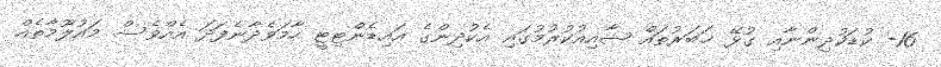
16- ކުޑަކުދިންނާއި ގުޅޭ ޚަބަރުތައް ޝާއިއުކުރުމުގައި އެކުދިންގެ އައިޑެންޓިޓީ ހާމަވެދާނެފަދަ އެއްވެސް މައުލޫމާތެއް